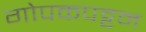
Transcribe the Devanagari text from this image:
गोपकपट्टन